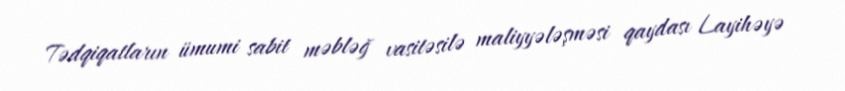
Tədqiqatların ümumi sabit məbləğ vasitəsilə maliyyələşməsi qaydası Layihəyə